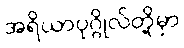
အရိယာပုဂ္ဂိုလ်တို့မှာ